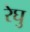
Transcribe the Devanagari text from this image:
रेघु